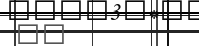
٧٣